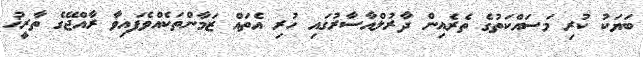
ބަޔަކު ކުރި މަސައްކަތުގެ ތެރެއިން ދާރުލްއާސާރުގައި ހުރި އެތައް ޒަމާންތަކެއްވެފައިވާ ރާއްޖޭގެ ތާރީޚު